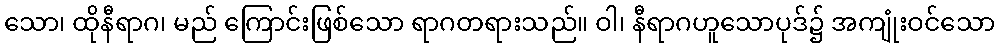
သော၊ ထိုနီရာဂ၊ မည် ကြောင်းဖြစ်သော ရာဂတရားသည်။ ဝါ၊ နီရာဂဟူသောပုဒ်၌ အကျုံးဝင်သော